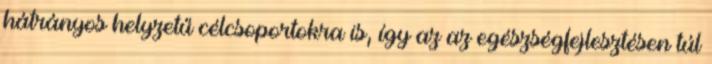
hátrányos helyzetű célcsoportokra is, így az az egészségfejlesztésen túl